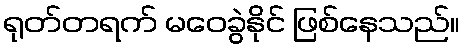
ရုတ်တရက် မဝေခွဲနိုင် ဖြစ်နေသည်။